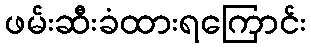
ဖမ်းဆီးခံထားရကြောင်း